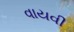
વાયવી